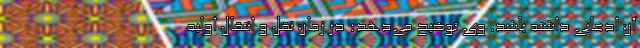
آن ادعایی داشته باشد. وی توضیح می‌دهد: در زمان نقل و انتقال اولیه